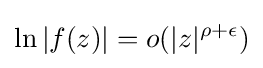
\ln \left|f(z)\right|=o(|z|^{\rho +\epsilon })